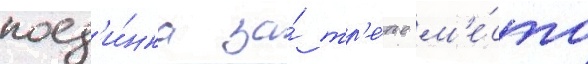
поед'и́нка за́ тр'е́тье м'е́сто